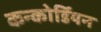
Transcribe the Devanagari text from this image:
कन्कोर्डियन